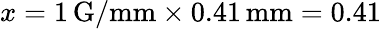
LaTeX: x=1\, \mathrm{G/mm}\times 0.41\, \mathrm{mm}=0.41